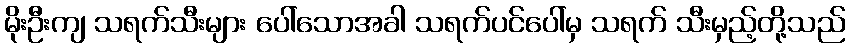
မိုးဦးကျ သရက်သီးများ ပေါ်သောအခါ သရက်ပင်ပေါ်မှ သရက် သီးမှည့်တို့သည်